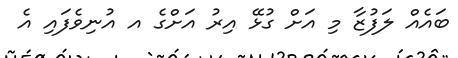
ބައެއް ލަފުޒާ މި އަށް ގުޅޭ އިރު އަށްގެ އ އުނިވެފައި އެ